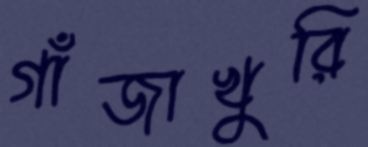
গাঁজাখুরি